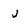
Character: j